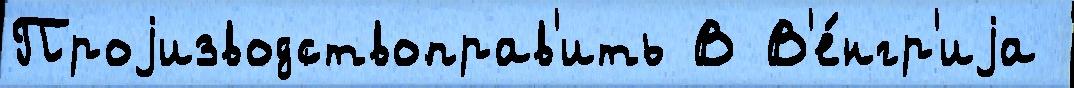
Проjизводствоправ'ить В В'е́нгр'иjа